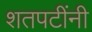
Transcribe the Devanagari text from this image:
शतपटींनी